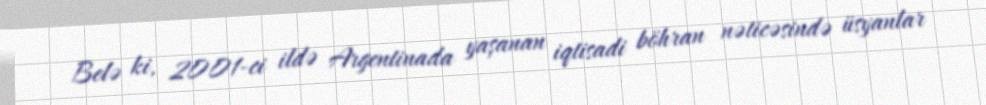
Belə ki, 2001-ci ildə Argentinada yaşanan iqtisadi böhran nəticəsində üsyanlar